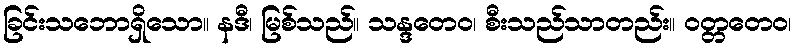
ခြင်းသဘောရှိသော။ နဒီ၊ မြစ်သည်။ သန္ဒတေဝ၊ စီးသည်သာတည်း။ ဝတ္တတေဝ၊